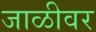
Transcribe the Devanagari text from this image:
जाळीवर